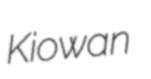
Kiowan